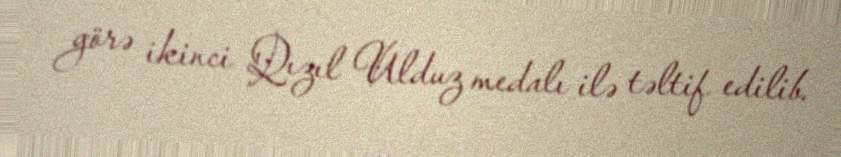
görə ikinci Qızıl Ulduz medalı ilə təltif edilib.